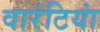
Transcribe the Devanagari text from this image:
वारंटियां